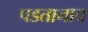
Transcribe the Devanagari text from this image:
पडतानाच